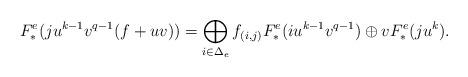
LaTeX: \begin{align*} F_*^e( ju^{k-1}v^{q-1}(f+uv))=\bigoplus_{i\in\Delta_e}f_{(i,j)}F_*^e(iu^{k-1}v^{q-1}) \oplus vF_*^e(ju^{k}).\end{align*}